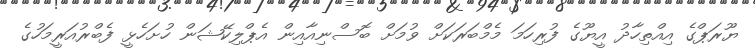
ޔޫރަޕްގެ އިއްތިހާދު އީޔޫގެ ފުރިހަމަ މެމްބަރަކަށް ވުމަށް ބޮސްނިއާއިން އެޕްލިކޭޝަން ހުށަހެޅީ ފެބްރުއަރީމަހުގެ